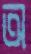
অ